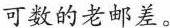
可数的老邮差。